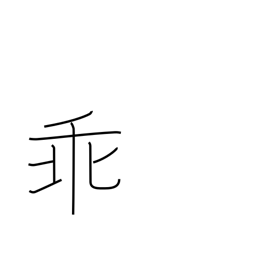
Meaning: oppose